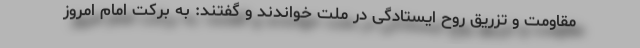
مقاومت و تزریق روح ایستادگی در ملت خواندند و گفتند: به برکت امام امروز